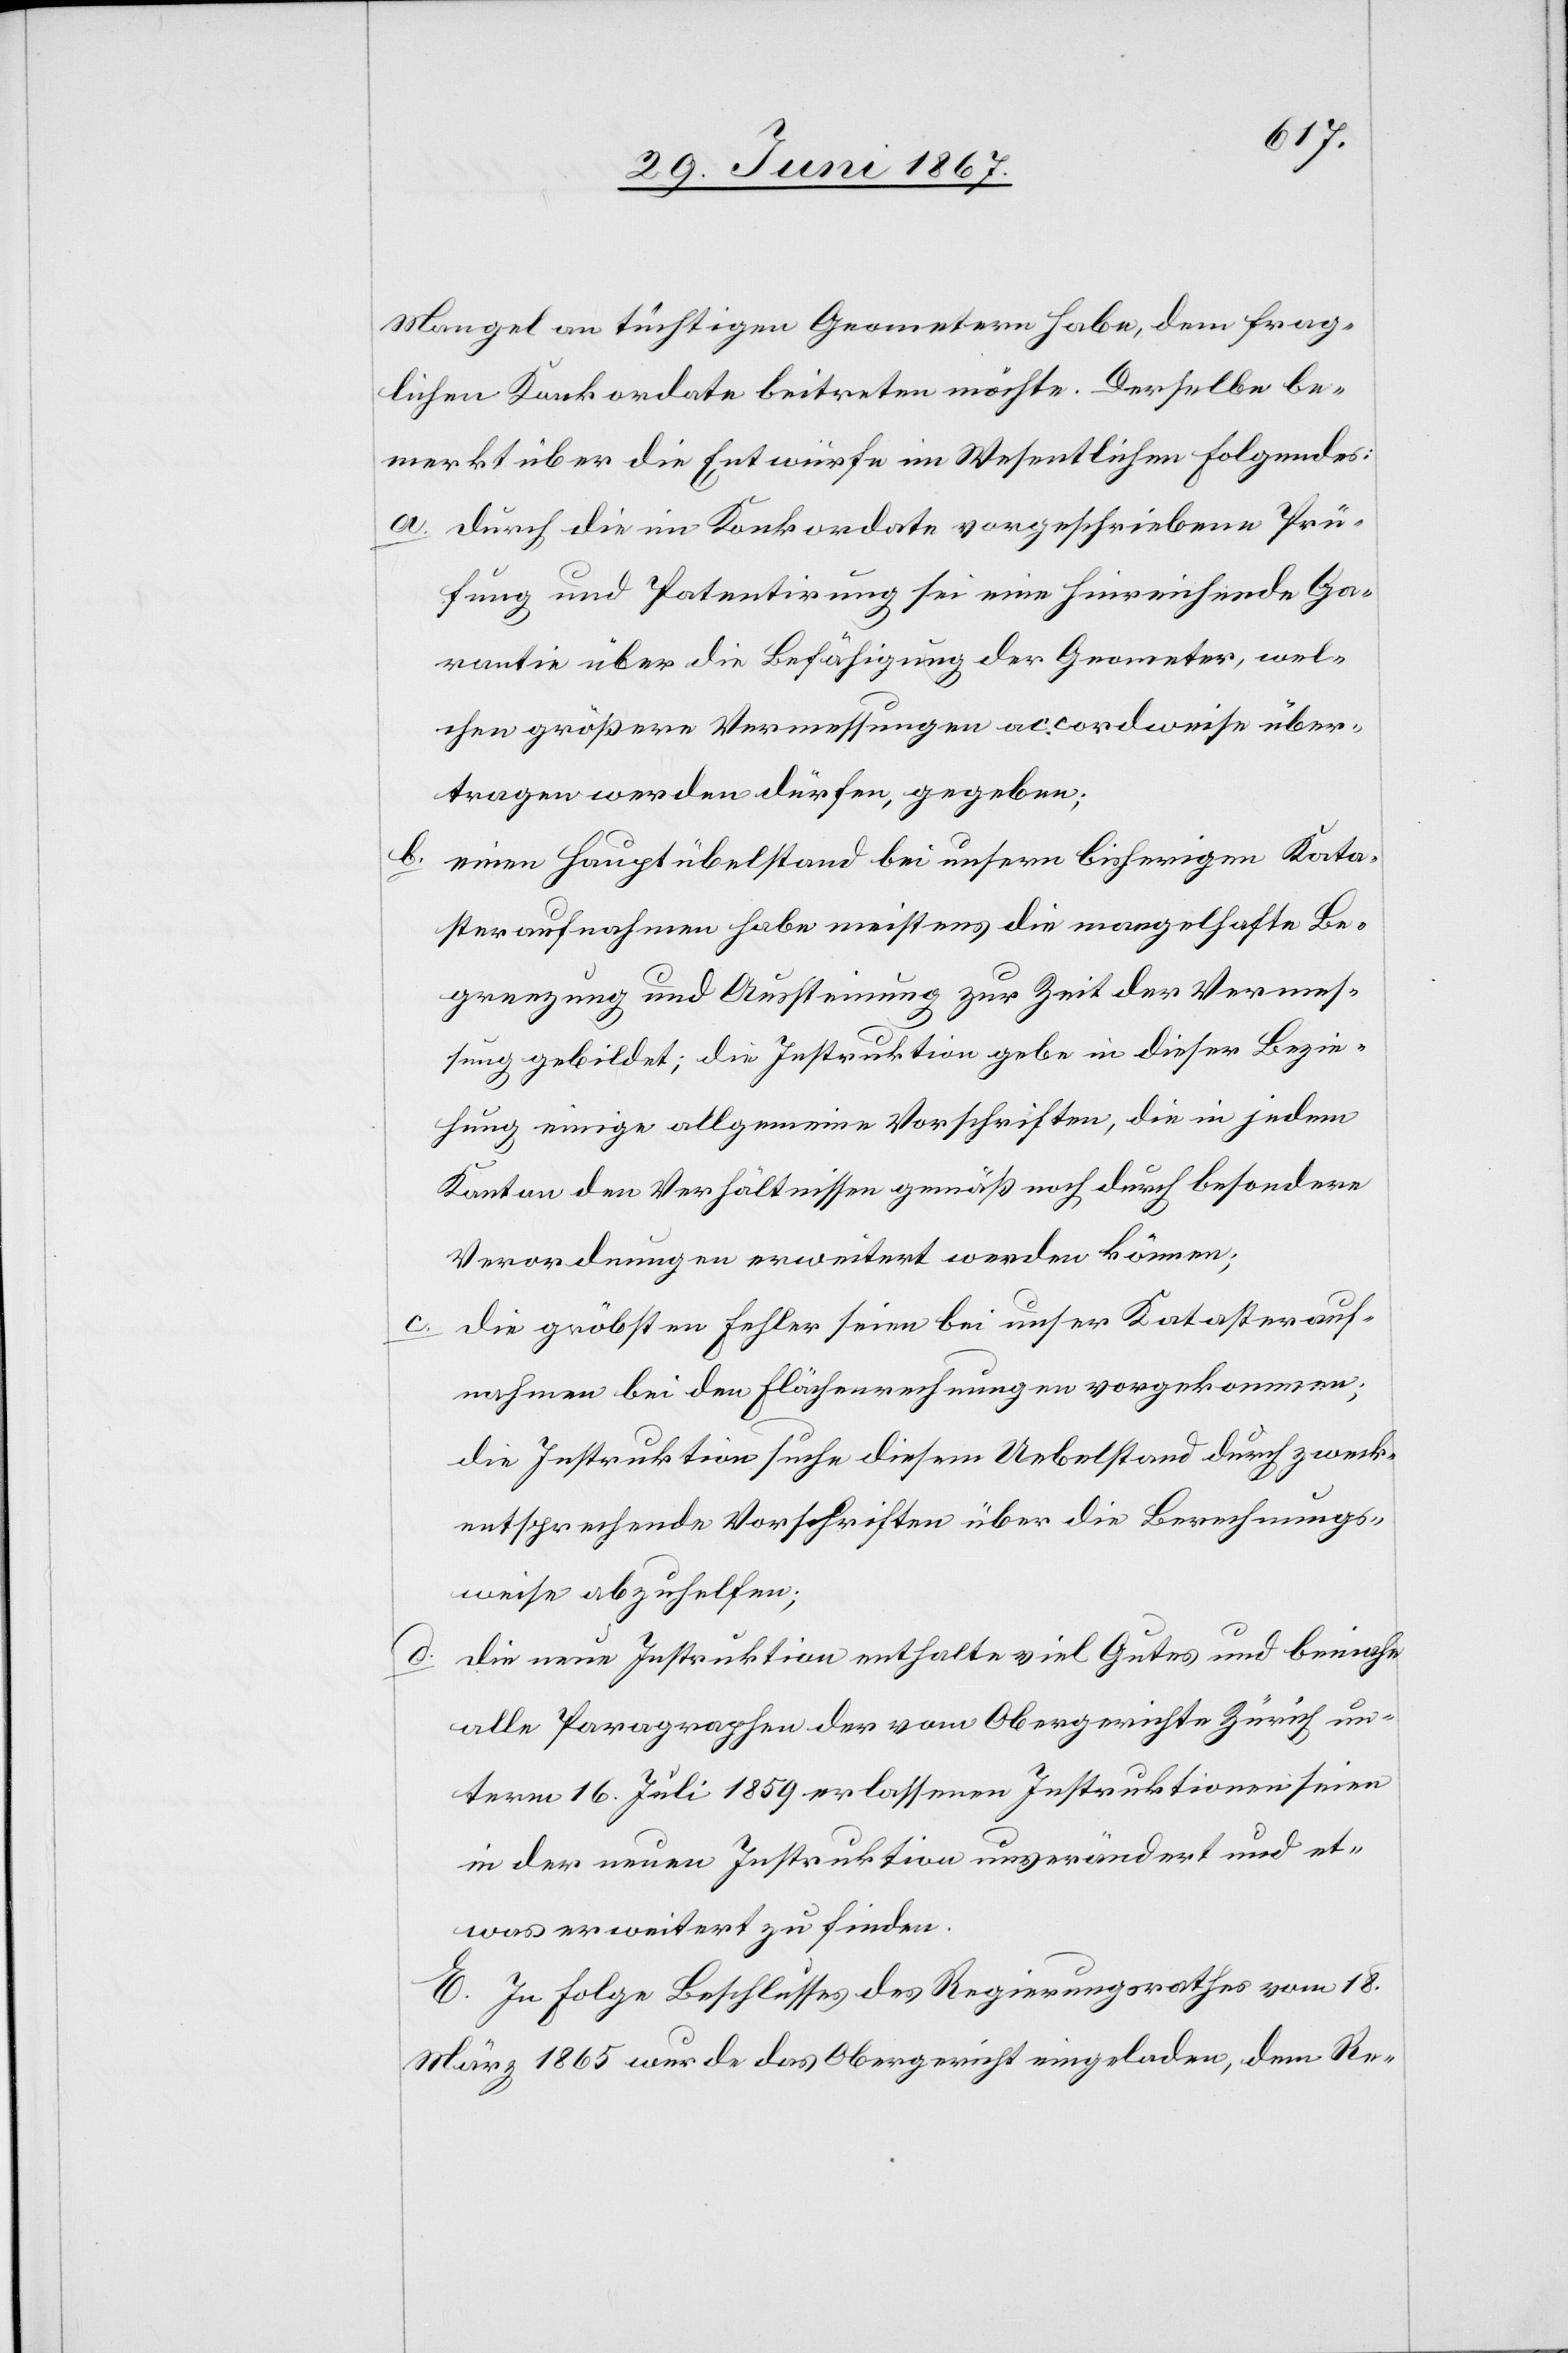
b.

d.

Mangel an tüchtigen Geometern habe, dem frag¬
lichen Konkordate beitreten möchte. Derselbe be¬
merkt über die Entwürfe im Wesentlichen folgendes:
a. durch die im Konkordate vorgeschriebene Prü¬
fung und Patentirung sei eine hinreichende Ga¬
rantie über die Befähigung der Geometer, wel¬
chen größere Vermessungen accordweise über¬
tragen werden dürfen, gegeben;
einen Hauptübelstand bei unsern bisherigen Kata¬
steraufnahmen habe meistens die mangelhafte Be¬
grenzung und Aussteinung zur Zeit der Vermes¬
sung gebildet; die Instruktion gebe in dieser Bezie¬
hung einige allgemeine Vorschriften, die in jedem
Kanton den Verhältnissen gemäß noch durch besondere
Verordnungen erweitert werden können;
die gröbsten Fehler seien bei unser[er] Katasterauf¬
nahme bei den Flächenrechnungen vorgekommen;
die Instruktion suche diesem Uebelstand durch zweck¬
entsprechende Vorschriften über die Berechnungs¬
weise abzuhelfen;
die neue Instruktion enthalte viel Gutes und beinahe
alle Paragraphen der vom Obergerichte Zürich un¬
term 16. Juli 1850 erlassenen Instruktionen seien
in der neuen Instruktion unverändert und et¬
was erweitert zu finden.
E. In Folge Beschlusses des Regierungsrathes vom 18.
März 1865 wurde das Obergericht eingeladen, dem Re-